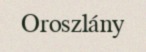
Oroszlány